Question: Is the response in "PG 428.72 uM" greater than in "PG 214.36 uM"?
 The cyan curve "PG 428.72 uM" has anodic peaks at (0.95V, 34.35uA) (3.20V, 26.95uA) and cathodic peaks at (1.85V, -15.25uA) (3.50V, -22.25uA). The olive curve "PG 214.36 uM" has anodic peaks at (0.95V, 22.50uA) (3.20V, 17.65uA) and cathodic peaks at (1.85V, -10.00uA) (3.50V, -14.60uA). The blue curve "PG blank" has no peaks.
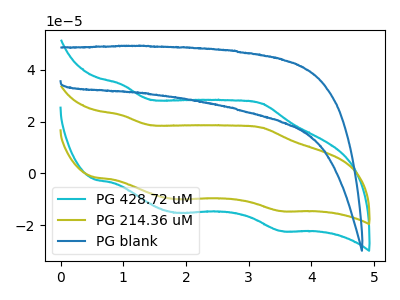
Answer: <think>All the peaks in "PG 428.72 uM" have a peak in "PG 214.36 uM" at the same potential. Every peak in "PG 428.72 uM" is higher than every peak in "PG 214.36 uM".
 </think>
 <answer>"PG 428.72 uM" has more signal than "PG 214.36 uM".</answer>
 <eval>more_signal</eval>